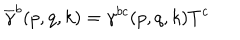
\overline { { { \gamma } } } ^ { b } ( p , q , k ) = \gamma ^ { b c } ( p , q , k ) T ^ { c }